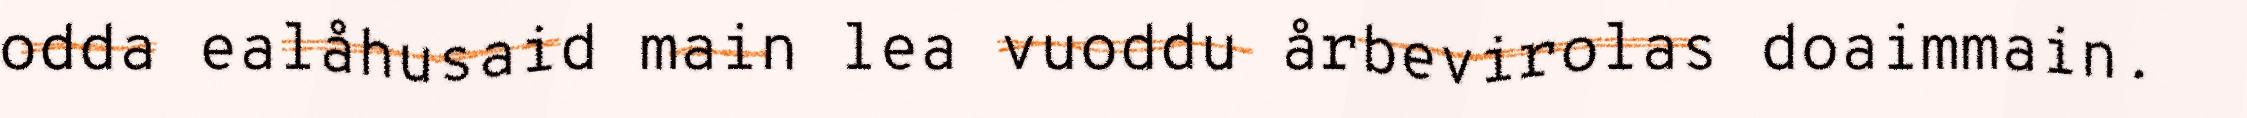
odda ealåhusaid main lea vuoddu årbevirolas doaimmain.